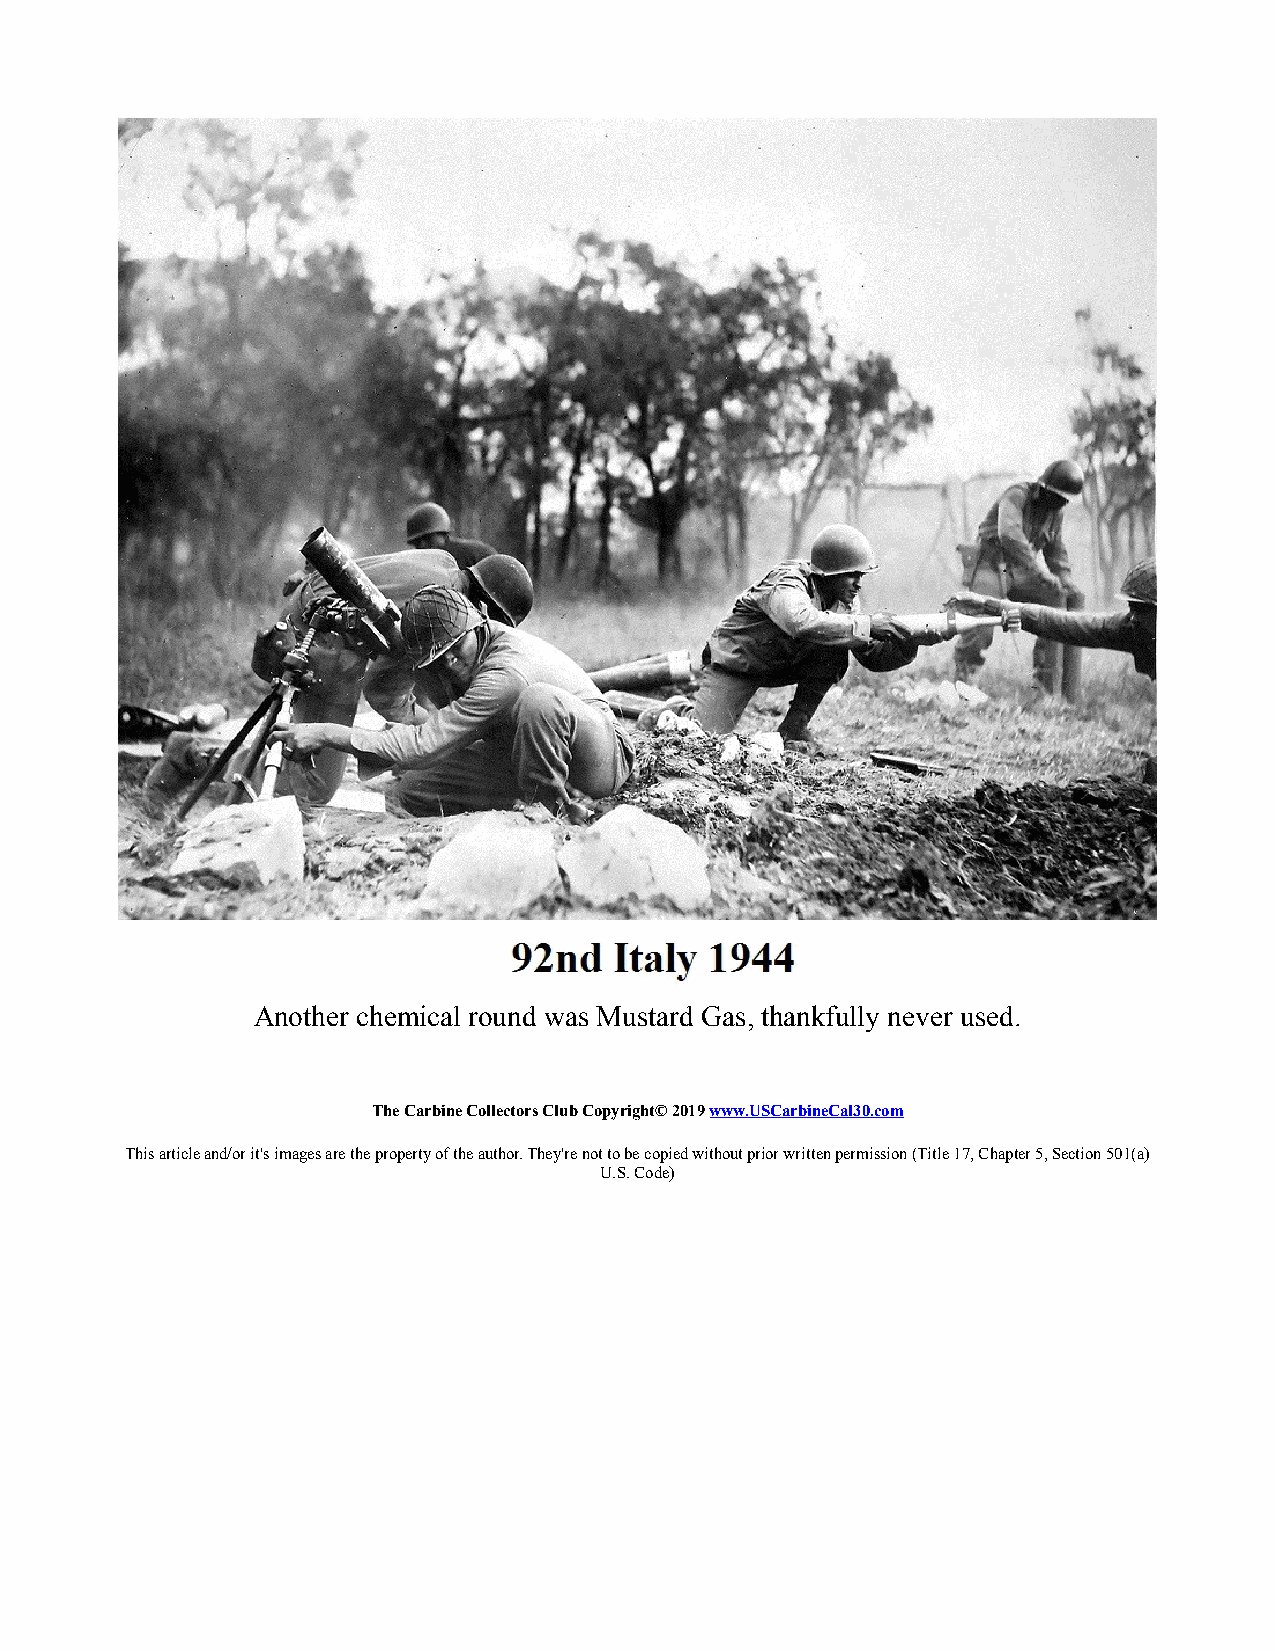
Another chemical round was Mustard Gas, thankfully never used.
 The Carbine Collectors Club Copyright© 2019 www.USCarbineCal30.com
 This article and/or it's images are the property of the author. They're not to be copied without prior written permission (Title 17, Chapter 5, Section 501(a)
 U.S. Code)